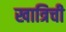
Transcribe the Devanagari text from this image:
खात्रिची